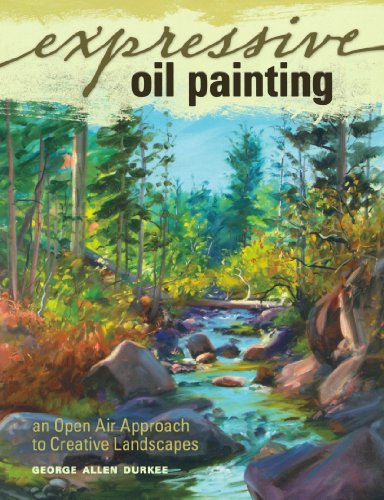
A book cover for Expressive Oil Painting: An Open Air Approach to Creative Landscapes; George Allen Durkee; Arts & Photography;